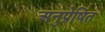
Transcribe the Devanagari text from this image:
अनुप्रेषित